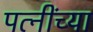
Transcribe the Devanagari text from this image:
पत्नींच्या